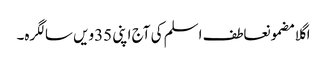
اگلا مضمونعاطف اسلم کی آج اپنی 35ویں سالگرہ۔